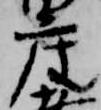
座